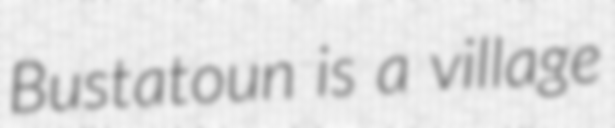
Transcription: Bustatoun is a village